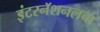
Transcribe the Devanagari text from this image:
इंटरनॅशनलचा